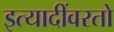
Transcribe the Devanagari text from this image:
इत्यादींवरतो